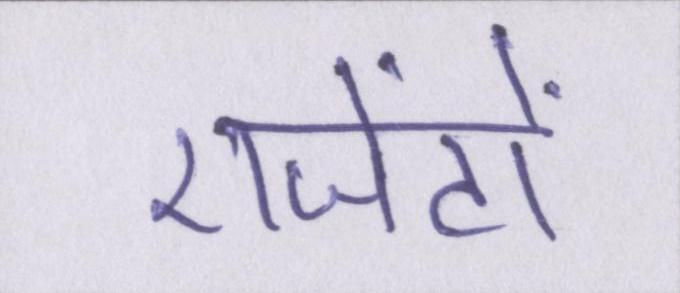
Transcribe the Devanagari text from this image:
एजेंटों